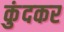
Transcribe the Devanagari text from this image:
कुंदकर